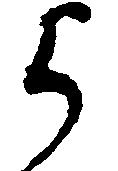
よ